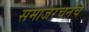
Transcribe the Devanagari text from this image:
समाजरचनेचं